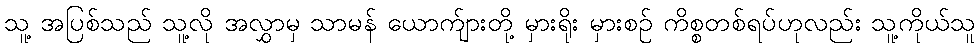
သူ့ အပြစ်သည် သူ့လို အလွှာမှ သာမန် ယောက်ျားတို့ မှားရိုး မှားစဉ် ကိစ္စတစ်ရပ်ဟုလည်း သူ့ကိုယ်သူ